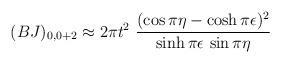
LaTeX: \begin{align*}(BJ)_{0,0+2}\approx 2\pi t^2~\frac{(\cos\pi\eta - \cosh\pi\epsilon)^2}{\sinh\pi\epsilon \, \sin\pi\eta}\end{align*}